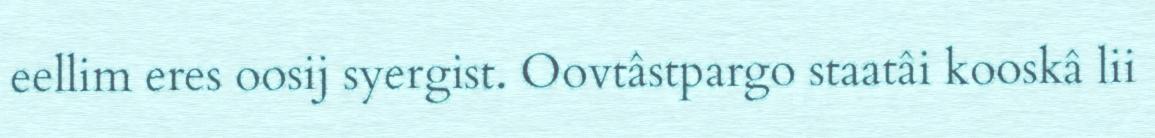
eellim eres oosij syergist. Oovtâstpargo staatâi kooskâ lii